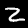
Label: 2